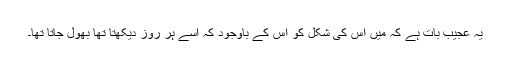
یہ عجیب بات ہے کہ میں اس کی شکل کو اس کے باوجود کہ اسے ہر روز دیکھتا تھا بھول جاتا تھا۔